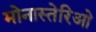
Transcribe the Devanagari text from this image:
मोनास्तेरिओ